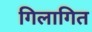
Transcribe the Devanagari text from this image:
गिलागित